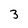
Character: 3